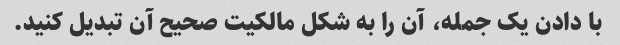
با دادن یک جمله، آن را به شکل مالکیت صحیح آن تبدیل کنید.